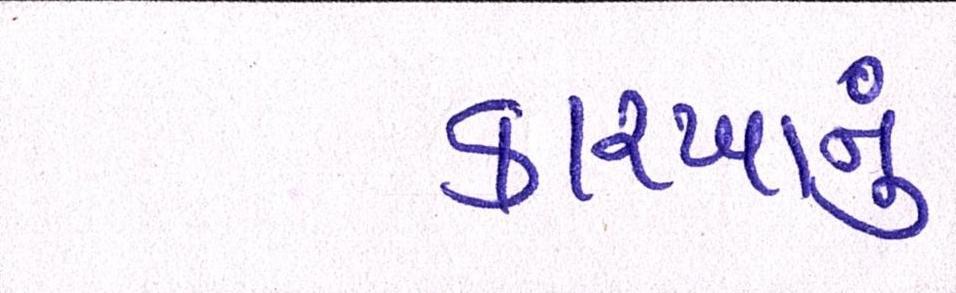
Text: કારખાનું